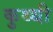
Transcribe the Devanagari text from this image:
कुथ्थी